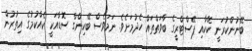
ބޭނުންކުރަނީ ކޭކާއި ޕޭސްޓްރީގެ ބާވަތްތައް ހެދުމަށެވެ. ނަމަވެސް ބޭކިންގް ސޮޑާއަކީ ކެއްކުމުގެ އިތުރުން